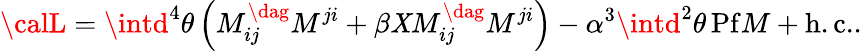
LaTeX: {\calL}=\intd^{4}\theta\left(M_{ij}^{\dag}M^{ji}+\beta\mathit{X}M_{ij}^{\dag}M^{ji}\right)-\alpha^{3}\intd^{2}\theta\, \mathrm{{Pf}}M+\mathrm{{h.c.}}.